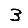
Digit: 3